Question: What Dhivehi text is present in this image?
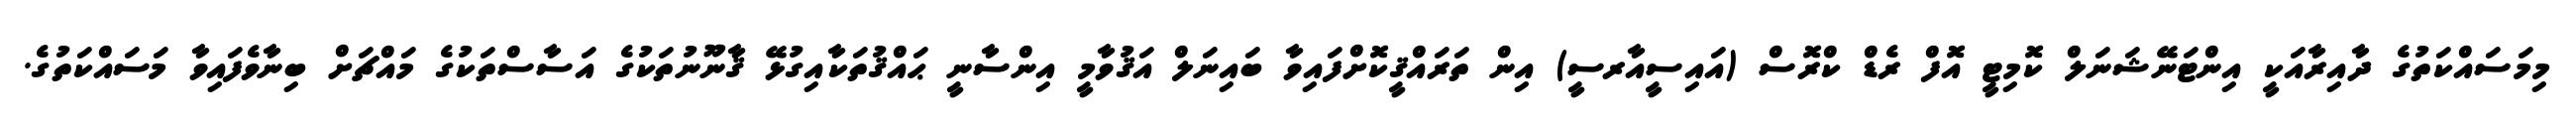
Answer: މިމަސައްކަތުގެ ދާއިރާއަކީ އިންޓަނޭޝަނަލް ކޮމިޓީ އޮފް ރެޑް ކްރޮސް (އައިސީއާރސީ) އިން ތަރައްޤީކޮށްފައިވާ ބައިނަލް އަޤުވާމީ އިންސާނީ ޙައްޤުތަކާއިގުޅޭ ޤާނޫނުތަކުގެ އަސާސްތަކުގެ މައްޗަށް ބިނާވެފައިވާ މަސައްކަތުގެ.